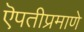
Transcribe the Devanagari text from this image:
ऎपतीप्रमाणे